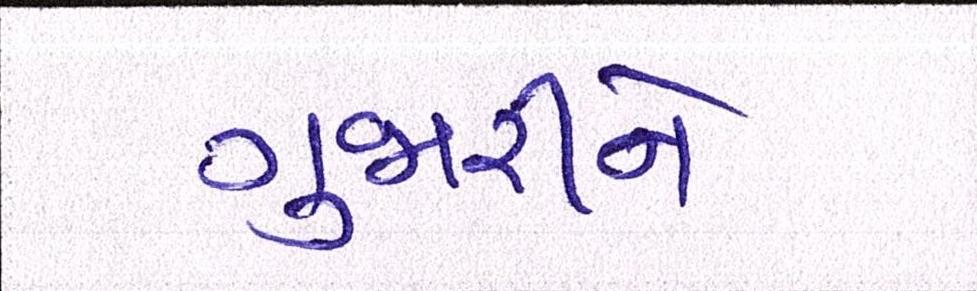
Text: ગુજારીને